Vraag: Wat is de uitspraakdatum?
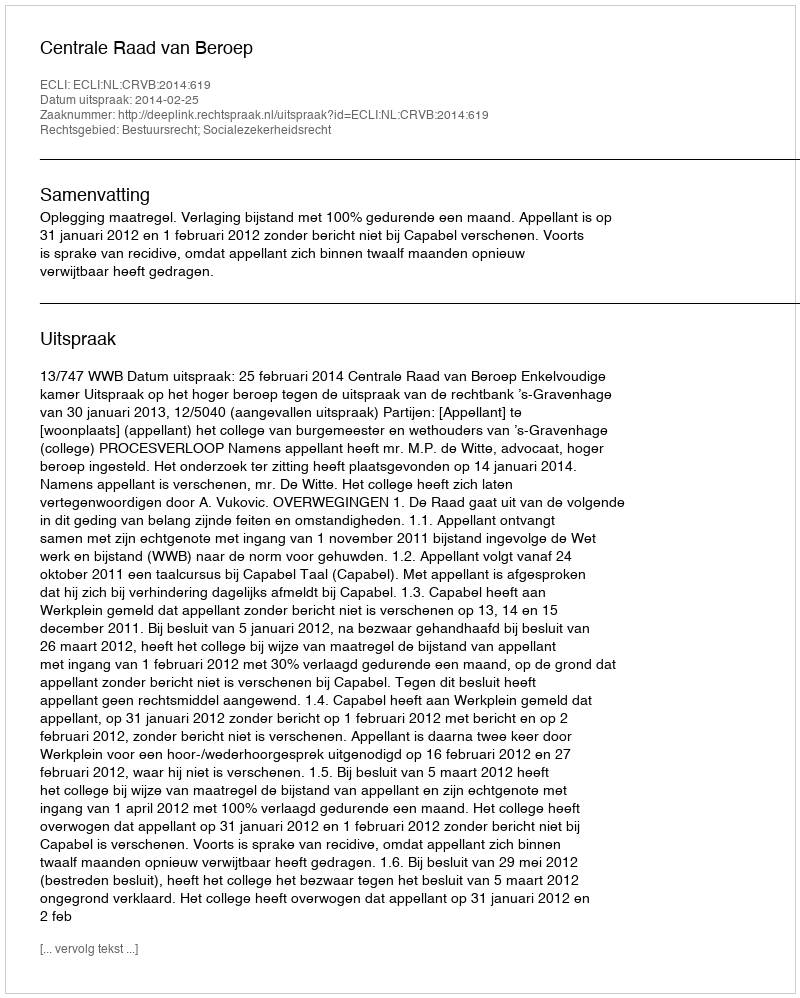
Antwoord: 2014-02-25